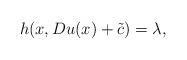
LaTeX: \begin{align*} h(x, D u(x)+\tilde{c})= \lambda,\end{align*}